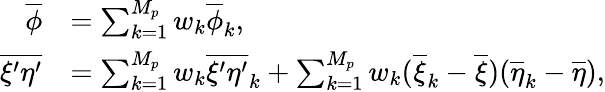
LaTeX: \begin{array}{rl}{\overline{{\phi}}}&{=\sum_{k=1}^{M_{p}}w_{k}\overline{{\phi}}_{k},}\\ {\overline{{\xi^{\prime}\eta^{\prime}}}}&{=\sum_{k=1}^{M_{p}}w_{k}\overline{{\xi^{\prime}\eta^{\prime}}}_{k}+\sum_{k=1}^{M_{p}}w_{k}(\overline{{\xi}}_{k}-\overline{{\xi}})(\overline{{\eta}}_{k}-\overline{{\eta}}),}\end{array}